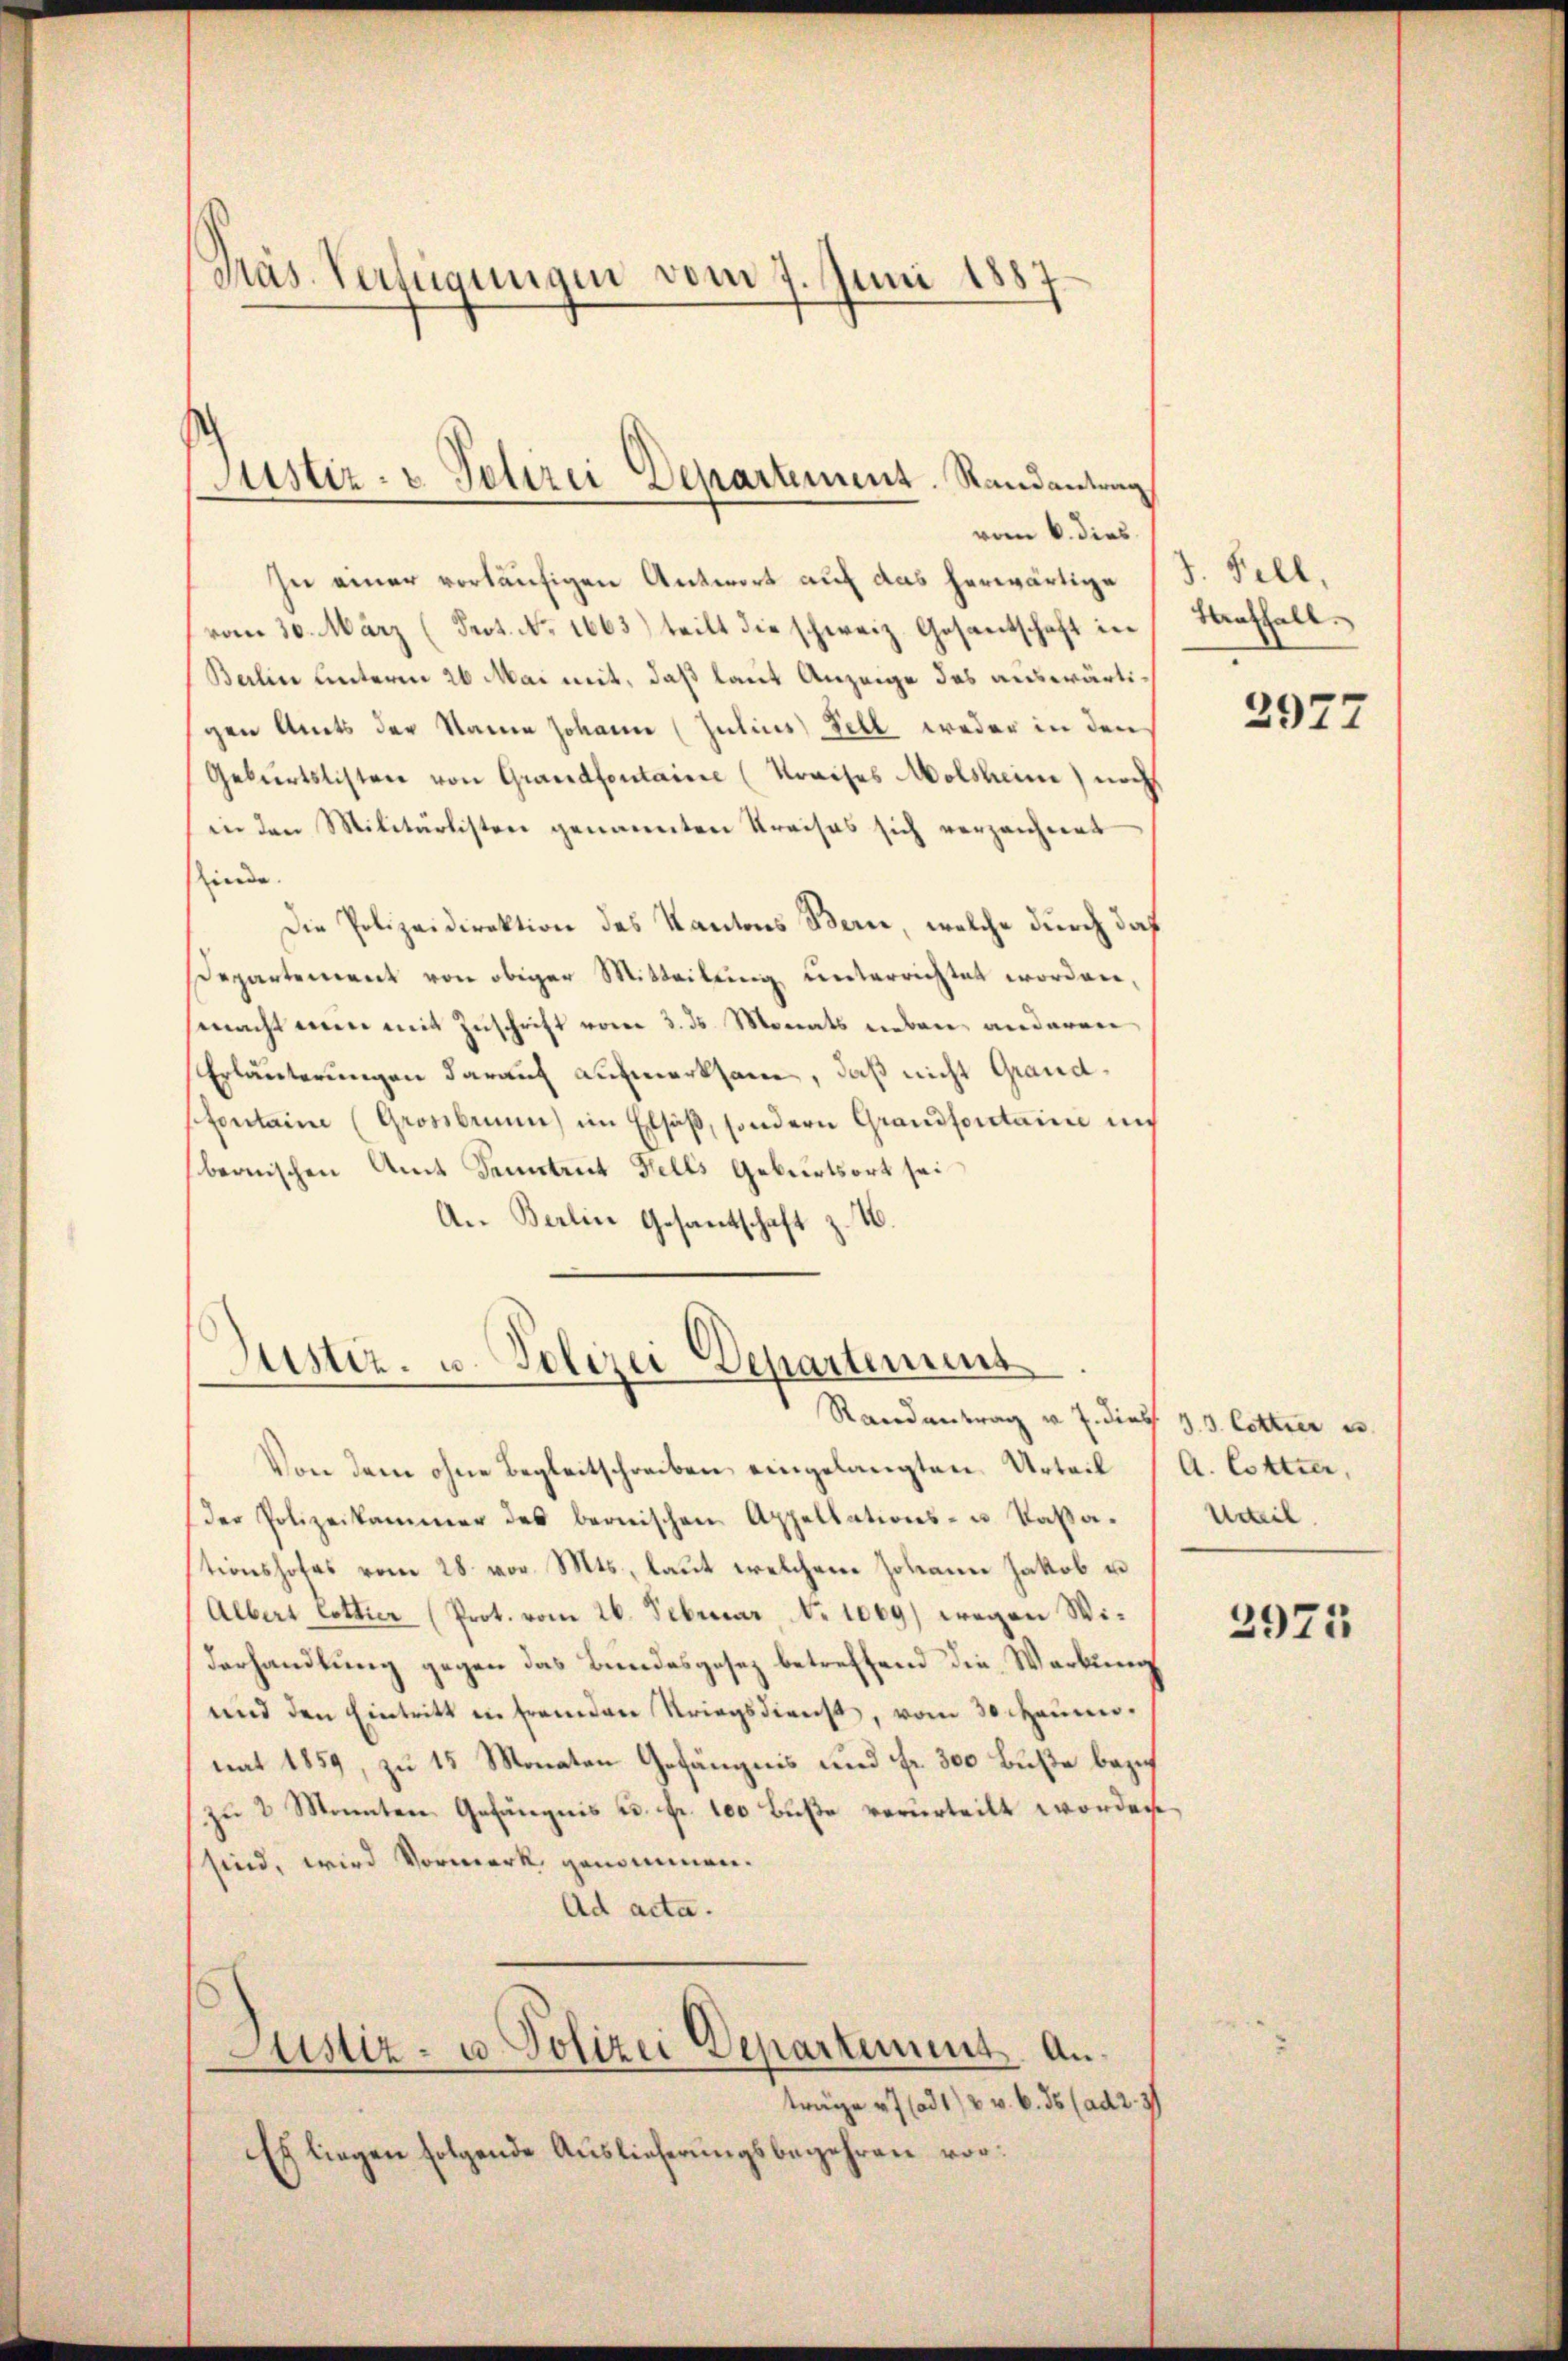
Präs. Verfügungen vom 7. Juni 1887

Justiz- u. Pelirei Departement. Randantrag

vom 6. dies
In einer vorläufigen Antwort auf das herwärtige (T. Fill,
vom 30. März (Prot. No. 1663) teilt die schweiz. Gesantschaft in Straffall.
Barlin unterm 26. Mai mit, daß laut Anzeige des auswärtigen Amts der Name Johann (Julius Fell weder in den
Geburtslisten von Grandfontaire (Kreises Molsheim) noch
in den Militärlisten genannten Kreises sich verzeichnet
finde
Die Polizeidirektion des Kantons Bern, welche durch daß
Departement von obiger Mitteilŭng ŭnterrichtet worden,
macht mein mit Zuschrift vom 3. ds. Monats neben anderen
Erläuterungen darauf aufmerksam, daß nicht Grandpfontain (Grossbrunn) im Elsaß, sondern Grandforctaine aus
beonischen Amt Fenstant Fells Geburtsort sei
An Berlin Gesandtschaft z. W.

Justiz- u. Polizei Departemens

Randantrag v. J. diess. Z. 3. Cetter es
Von dem ohne Begleitschreiben eingelangten Urteil (A. Cottier,
der Polizeikammer des bernischen Appellations- u. Passationshofes vom 28. vor. Mts., laut welchem Johann Jakob u
Albert Lottier (Prot. vom 26. Februar, No 1069) wegen Wi¬
Verhandlung gegen das Bundesgesez betreffend die Werkung
und den Eintritt in fremden Striegsdienst, vom 30. Heumonat 1859, zu 15 Monaten Gefängnis und Fr. 300 Buße bezi
zu 2 Monnten Gefängnis u. fr. 100 Buße verurteilt worden,
sind, wird Vormerk genommen.
Ad acta.
Justiz- u. Polizei Departement. Anträge 47 (ad 12 v. 6. 36 (ad 2. 37
Es liegen folgende Auslieferungsbegehren vor:

2977

Urteil

2971